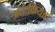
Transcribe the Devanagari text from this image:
अंतःक्रियाएं